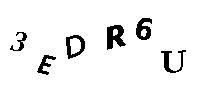
3EDR6U